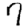
Digit: 7